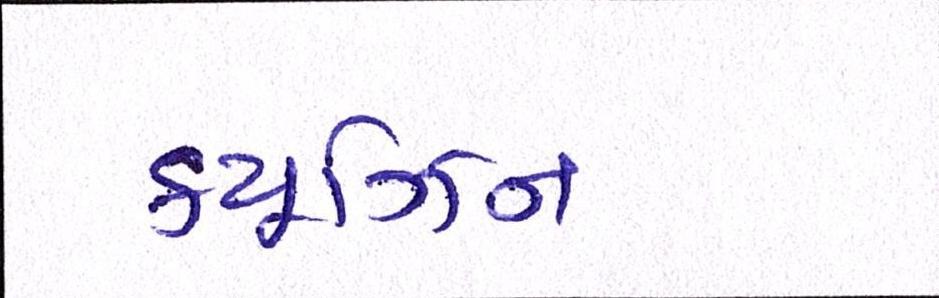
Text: ક્યૂઝિન